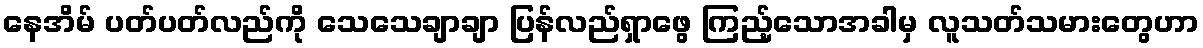
နေအိမ် ပတ်ပတ်လည်ကို သေသေချာချာ ပြန်လည်ရှာဖွေ ကြည့်သောအခါမှ လူသတ်သမားတွေဟာ